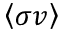
\left< \sigma v \right>